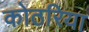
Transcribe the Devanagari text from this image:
कोठरिया